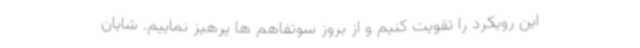
این رویکرد را تقویت کنیم و از بروز سوتفاهم ها پرهیز نماییم. شایان